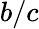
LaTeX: b/c